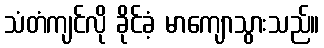
သံတံကျင်လို ခိုင်ခံ့ မာကျောသွားသည်။